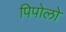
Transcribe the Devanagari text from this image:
पिपोलो